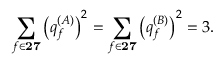
\sum _ { f \in { \bf 2 7 } } \left( q _ { f } ^ { ( A ) } \right) ^ { 2 } = \sum _ { f \in { \bf 2 7 } } \left( q _ { f } ^ { ( B ) } \right) ^ { 2 } = 3 .